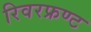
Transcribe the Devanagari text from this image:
रिवरफ्रण्ट